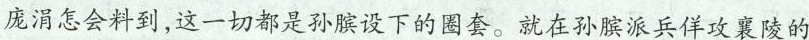
庞涓怎会料到，这一切都是孙膑设下的圈套。就在孙膑派兵佯攻襄陵的